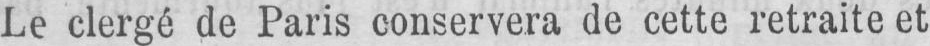
Le clergé de Paris conservera de cette retraite et